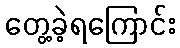
တွေ့ခဲ့ရကြောင်း